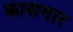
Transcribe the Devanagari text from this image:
कासगार